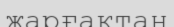
жарғақтан